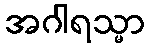
အဂါရသ္မာ